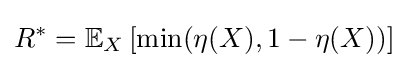
R^{*}=\mathbb {E} _{X}\left[\min(\eta (X),1-\eta (X))\right]